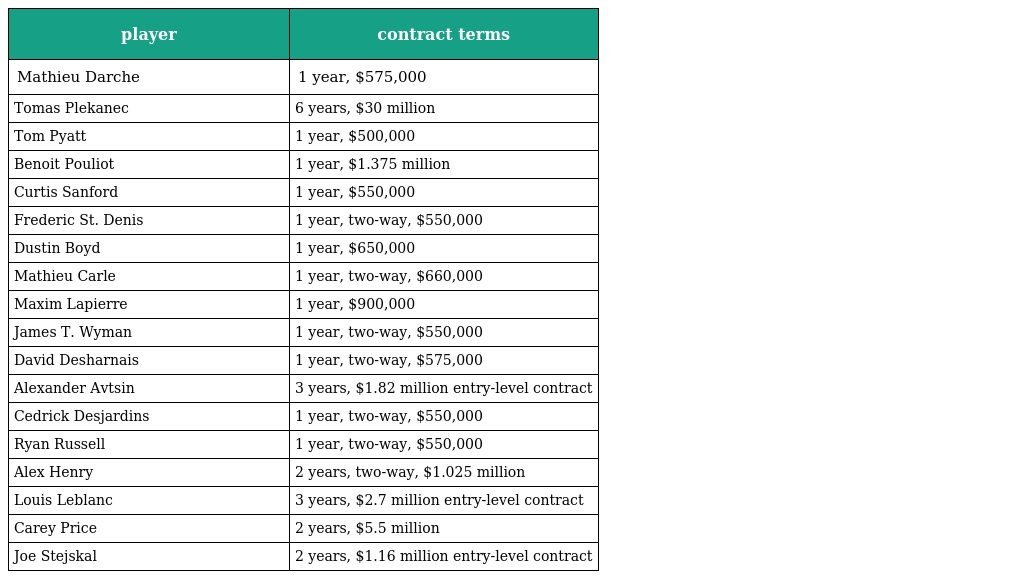
| player | contract terms |
 | --- | --- |
 | Mathieu Darche | 1 year, $575,000 |
 | Tomas Plekanec | 6 years, $30 million |
 | Tom Pyatt | 1 year, $500,000 |
 | Benoit Pouliot | 1 year, $1.375 million |
 | Curtis Sanford | 1 year, $550,000 |
 | Frederic St. Denis | 1 year, two-way, $550,000 |
 | Dustin Boyd | 1 year, $650,000 |
 | Mathieu Carle | 1 year, two-way, $660,000 |
 | Maxim Lapierre | 1 year, $900,000 |
 | James T. Wyman | 1 year, two-way, $550,000 |
 | David Desharnais | 1 year, two-way, $575,000 |
 | Alexander Avtsin | 3 years, $1.82 million entry-level contract |
 | Cedrick Desjardins | 1 year, two-way, $550,000 |
 | Ryan Russell | 1 year, two-way, $550,000 |
 | Alex Henry | 2 years, two-way, $1.025 million |
 | Louis Leblanc | 3 years, $2.7 million entry-level contract |
 | Carey Price | 2 years, $5.5 million |
 | Joe Stejskal | 2 years, $1.16 million entry-level contract |